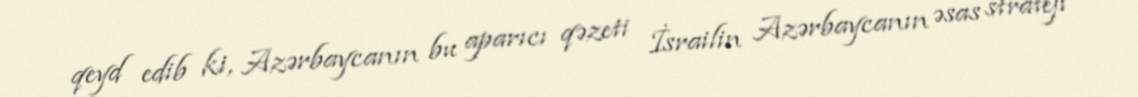
qeyd edib ki, Azərbaycanın bu aparıcı qəzeti İsrailin Azərbaycanın əsas strateji